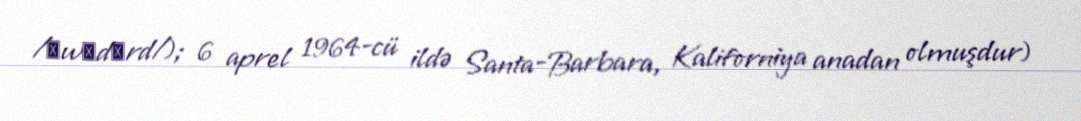
/ˈwʊdɑrd/); 6 aprel 1964-cü ildə Santa-Barbara, Kaliforniya anadan olmuşdur)